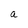
Character: a